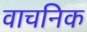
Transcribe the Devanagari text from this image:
वाचनिक